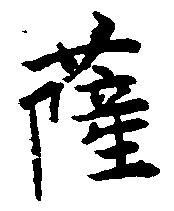
薩